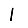
Digit: 1